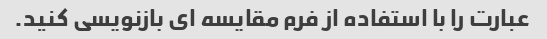
عبارت را با استفاده از فرم مقایسه ای بازنویسی کنید.